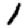
Digit: 1